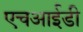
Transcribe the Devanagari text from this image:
एचआईडी